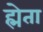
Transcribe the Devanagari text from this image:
ह्मेता